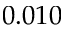
0 . 0 1 0